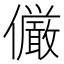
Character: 𠑊